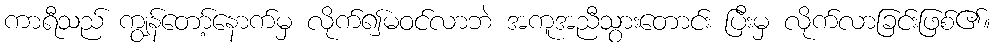
ကာရီသည် ကျွန်တော့်နောက်မှ လိုက်၍မဝင်လာဘဲ အကူအညီသွားတောင်း ပြီးမှ လိုက်လာခြင်းဖြစ်၏။